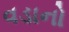
વડાનો